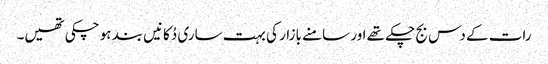
رات کے دس بج چکے تھے اور سامنے بازار کی بہت ساری دُکانیں بند ہو چکی تھیں۔